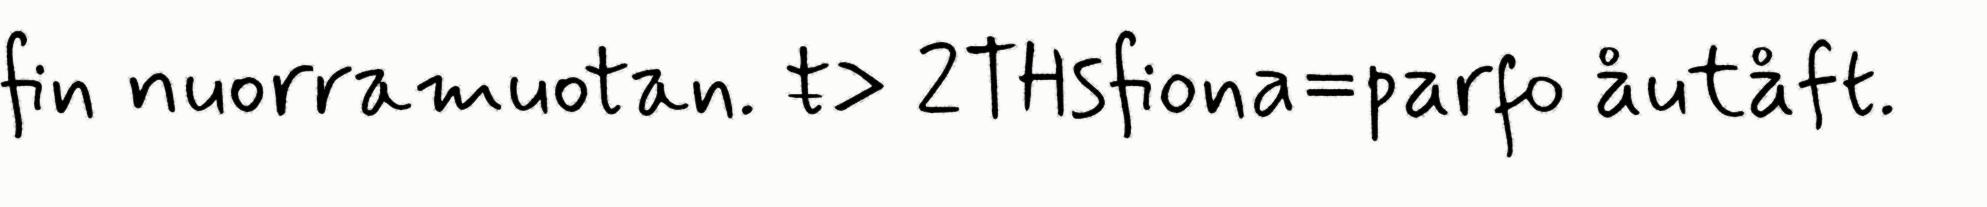
fin nuorramuotan. ŧ> 2THsfiona=parfo åutåft.